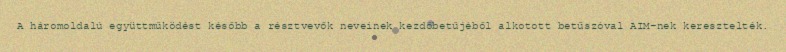
A háromoldalú együttműködést később a résztvevők neveinek kezdőbetűjéből alkotott betűszóval AIM-nek keresztelték.